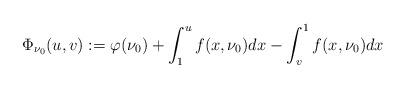
LaTeX: \begin{align*}\Phi_{\nu_0}(u,v):=\varphi(\nu_0)+\int_1^{u}f(x,\nu_0)dx-\int^1_{v}f(x,\nu_0)dx\end{align*}